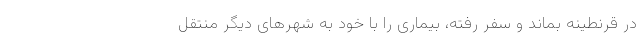
در قرنطینه بماند و سفر رفته، بیماری را با خود به شهرهای دیگر منتقل